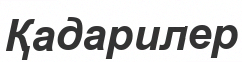
Қадарилер